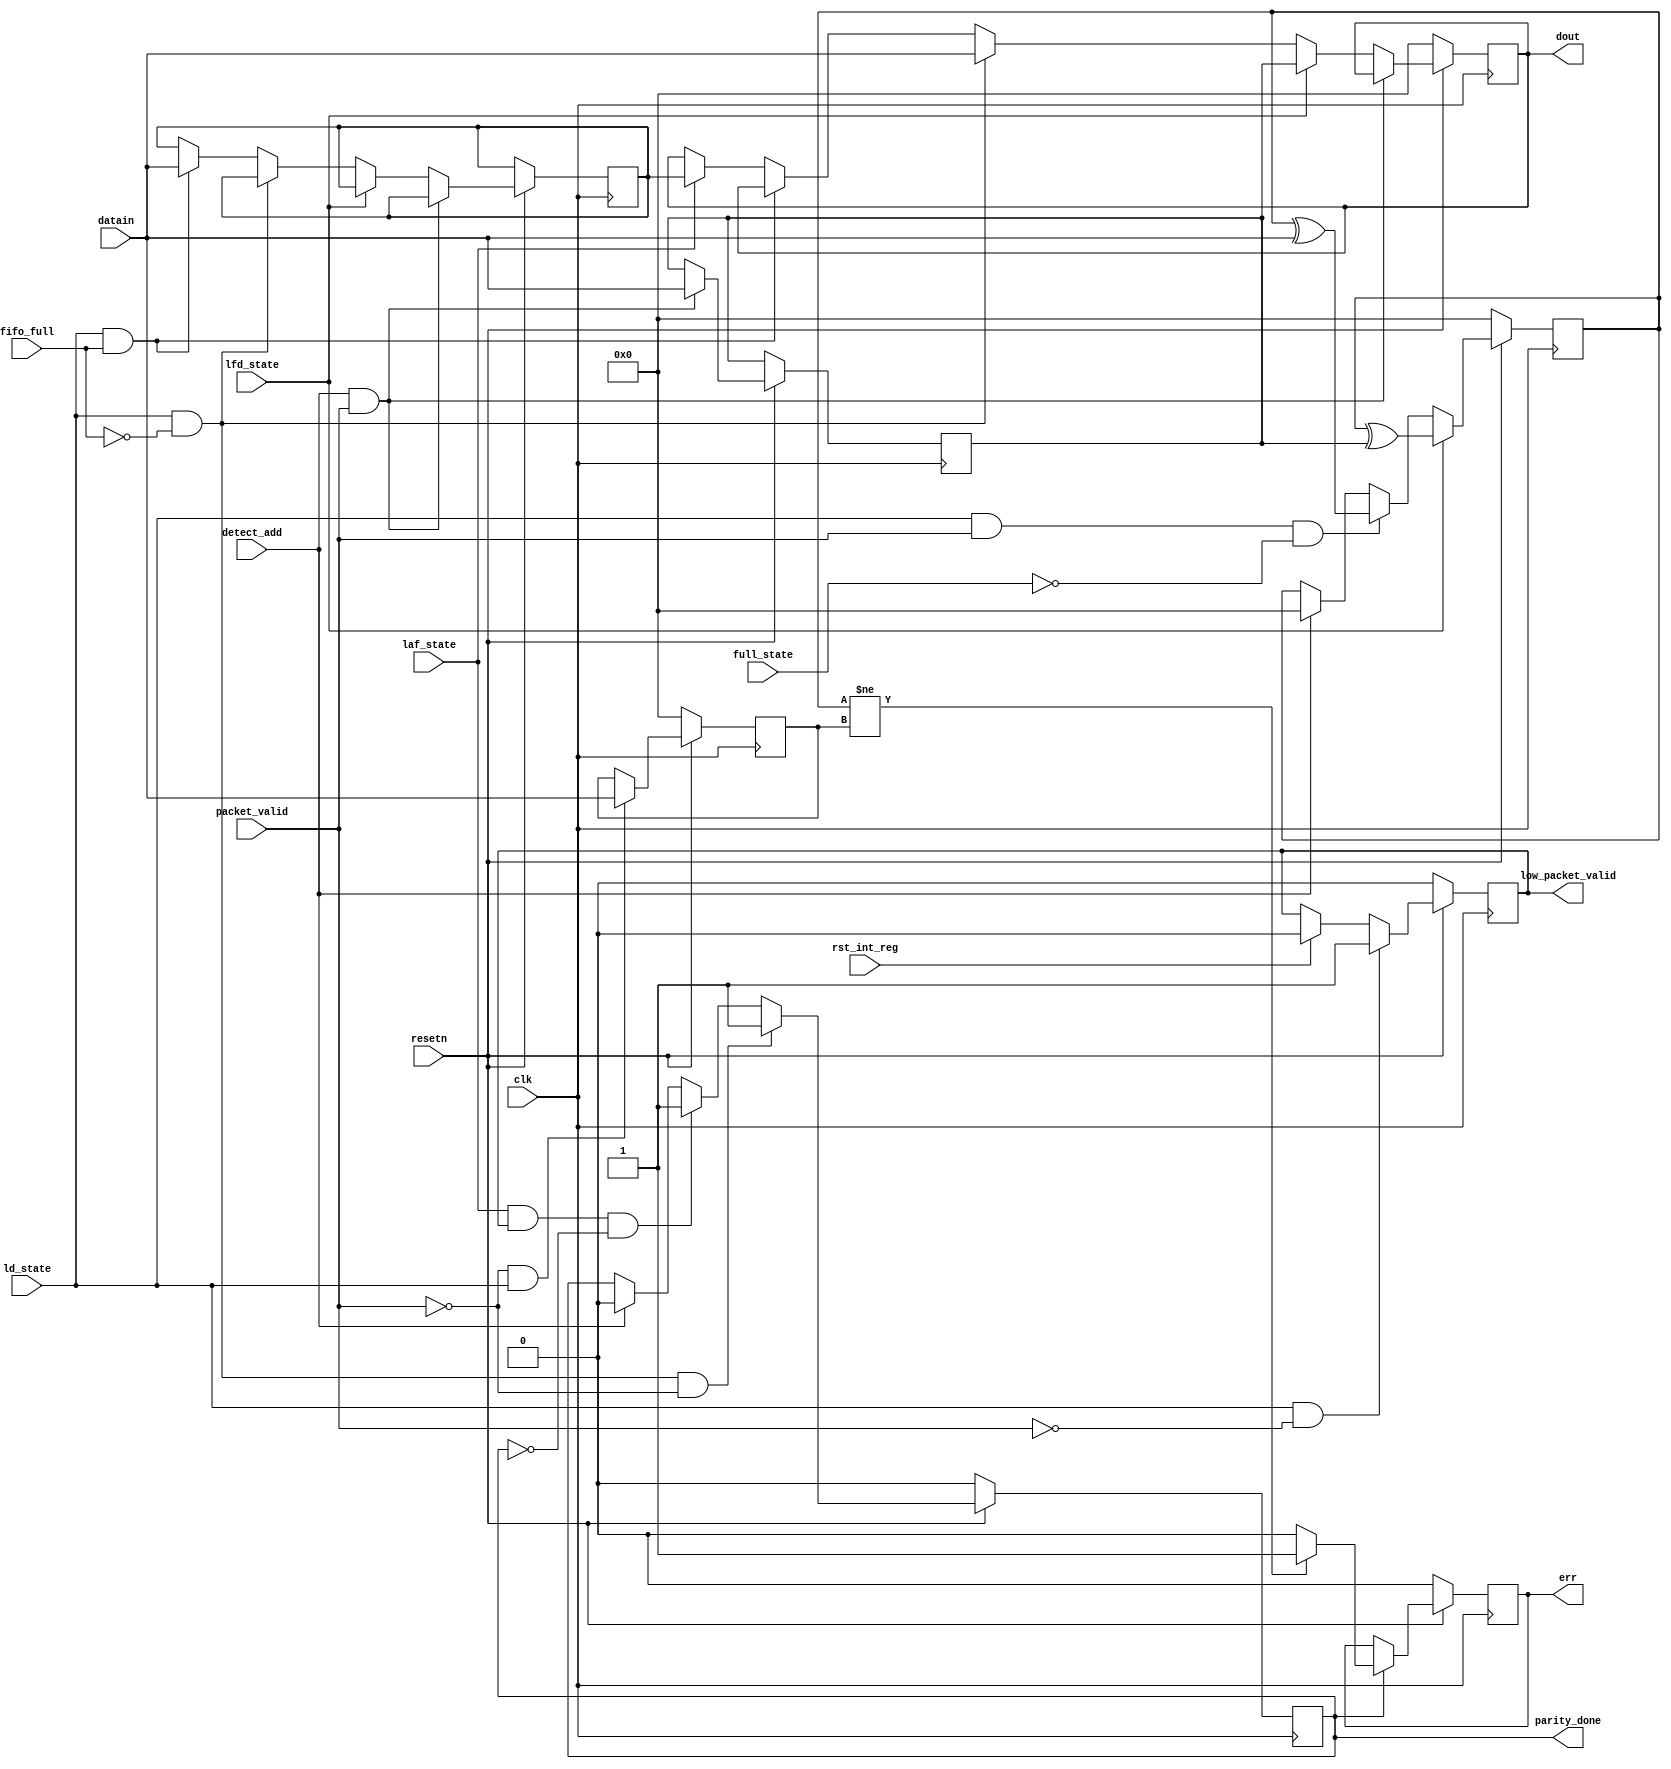
module router_reg(input clk,resetn,packet_valid,
				  input [7:0] datain,
				  input fifo_full,detect_add,ld_state,laf_state,full_state,lfd_state,rst_int_reg,
				  output reg err,parity_done,low_packet_valid,
				  output reg [7:0] dout);
				  
reg [7:0] hold_header_byte,fifo_full_state_byte,internal_parity,packet_parity_byte;
//--------------------------------------------------------------------------------------------------------------
//parity done
always@(posedge clk)
	begin
		if(!resetn)
			begin
				parity_done<=1'b0;
			end
	
		else 
			begin
				if(ld_state && !fifo_full && !packet_valid)
						parity_done<=1'b1;
				else if(laf_state && low_packet_valid && !parity_done)
						parity_done<=1'b1;
				else
					begin
						if(detect_add)
							parity_done<=1'b0;
					end
			end
	end
//--------------------------------------------------------------------------------------------------------------------
//low_packet valid
always@(posedge clk)
	begin
		if(!resetn)
			low_packet_valid<=1'b0;
		else 
			begin
				if(rst_int_reg)
					low_packet_valid<=1'b0;
				if(ld_state==1'b1 && packet_valid==1'b0)
					low_packet_valid<=1'b1;
			end
	end
//----------------------------------------------------------------------------------------------------------
//dout
always@(posedge clk)

	begin
		if(!resetn)
			dout<=8'b0;
		else
		begin
			if(detect_add && packet_valid)
				hold_header_byte<=datain;
			else if(lfd_state)
				dout<=hold_header_byte;
			else if(ld_state && !fifo_full)
				dout<=datain;
			else if(ld_state && fifo_full)
				fifo_full_state_byte<=datain;
			else 
				begin
					if(laf_state)
						dout<=fifo_full_state_byte;
				end
		end
	end
//-----------------------------------------------------------------------------------------------------
// internal parity
always@(posedge clk)
	begin
		if(!resetn)
			internal_parity<=8'b0;
		else if(lfd_state)
			internal_parity<=internal_parity ^ hold_header_byte;
		else if(ld_state && packet_valid && !full_state)
			internal_parity<=internal_parity ^ datain;
		else 
			begin	
				if (detect_add)
					internal_parity<=8'b0;
			end
	end
//--------------------------------------------------------------------------------------------------------	
//error and packet_
always@(posedge clk)
	begin
		if(!resetn)
			packet_parity_byte<=8'b0;
		else 
			begin
				if(!packet_valid && ld_state)
					packet_parity_byte<=datain;
			end
	end
//-------------------------------------------------------------------------------------------------------------------------------------
//error
always@(posedge clk)
	begin
		if(!resetn)
			err<=1'b0;
		else 
			begin
				if(parity_done)
				begin
					if(internal_parity!=packet_parity_byte)
						err<=1'b1;
					else
						err<=1'b0;
				end
			end
	end

endmodule